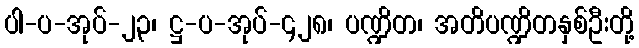
ပါ-ပ-အုပ်-၂၃၊ ဋ္ဌ-ပ-အုပ်-၄၂၈၊ ပဏ္ဍိတ၊ အတိပဏ္ဍိတနှစ်ဦးတို့